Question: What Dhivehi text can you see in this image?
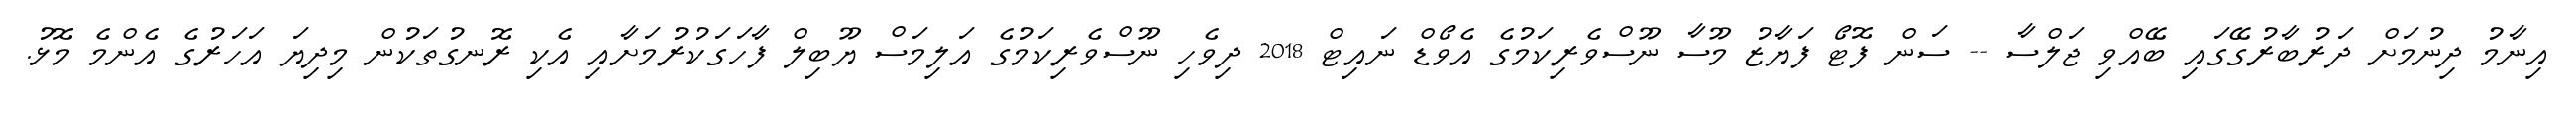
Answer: އިނާމު ދިނުމަށް ދަރުބާރުގޭގައި ބޭއްވި ޖަލްސާ -- ސަން ފޮޓޯ ފަޔާޒު މޫސާ ނޫސްވެރިކަމުގެ އެވޯޑް ނައިޓް 2018 ދިވެހި ނޫސްވެރިކަމުގެ އަލިމަސް ޔޫބިލް ފާހަގަކުރުމަށާއި އެކި ރޮނގުތަކުން މިދިޔަ އަހަރުގެ އެންމެ މޮޅު.